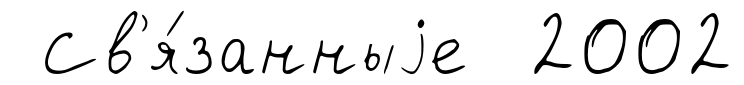
Св'я́занныjе 2002